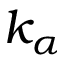
k _ { \alpha }